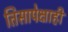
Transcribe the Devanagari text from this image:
तिसापेक्षाही